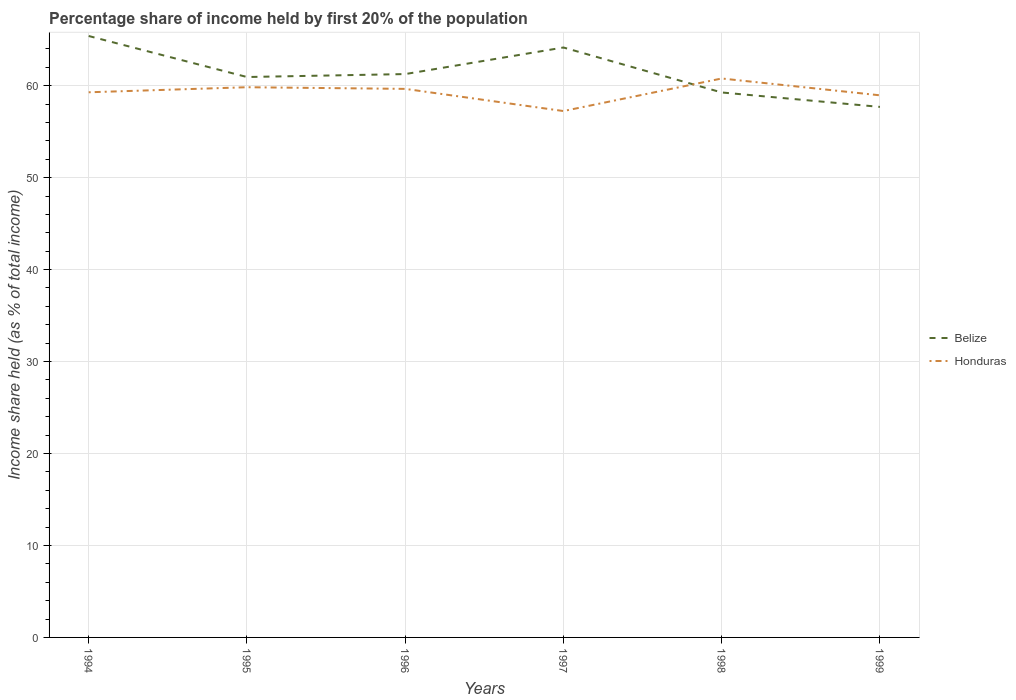
| Years | Belize | Honduras |
 | --- | --- | --- |
 | 1994 | 65.4 | 59.3 |
 | 1995 | 60.9 | 59.8 |
 | 1996 | 61.3 | 59.6 |
 | 1997 | 64.2 | 57.2 |
 | 1998 | 59.3 | 60.8 |
 | 1999 | 57.7 | 59 |